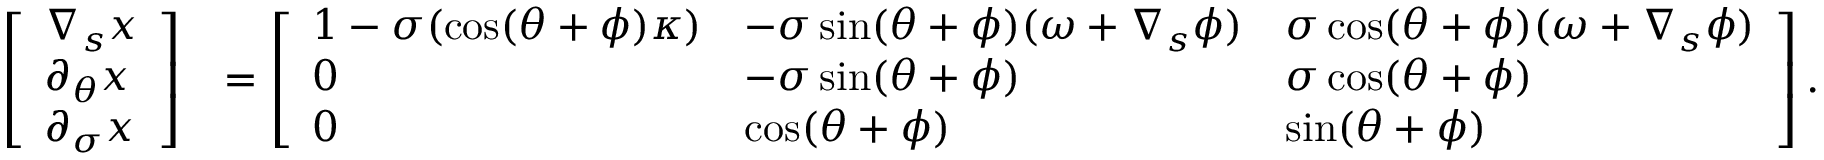
\begin{array} { r l } { \left[ \begin{array} { l } { \nabla _ { s } x } \\ { \partial _ { \theta } x } \\ { \partial _ { \sigma } x } \end{array} \right] } & { = \left[ \begin{array} { l l l } { 1 - \sigma ( \cos ( \theta + \phi ) \kappa ) } & { - \sigma \sin ( \theta + \phi ) ( \omega + \nabla _ { s } \phi ) } & { \sigma \cos ( \theta + \phi ) ( \omega + \nabla _ { s } \phi ) } \\ { 0 } & { - \sigma \sin ( \theta + \phi ) } & { \sigma \cos ( \theta + \phi ) } \\ { 0 } & { \cos ( \theta + \phi ) } & { \sin ( \theta + \phi ) } \end{array} \right] . } \end{array}